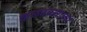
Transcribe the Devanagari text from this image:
कळवळ्याच्या